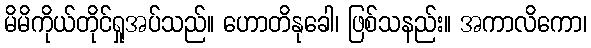
မိမိကိုယ်တိုင်ရှုအပ်သည်။ ဟောတိနုခေါ၊ ဖြစ်သနည်း။ အကာလိကော၊